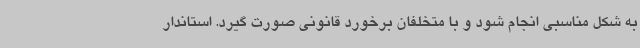
به شکل مناسبی انجام شود و با متخلفان برخورد قانونی صورت گیرد. استاندار